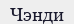
Чэнди